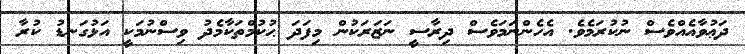
ދަޢުވާއެއްވެސް ނުކުރަމެވެ. އެހެންނަމަވެސް ދިރާސީ ނަޒަރަކުން މިފަދަ ޙުކުމްތަކާމެދު ވިސްނުމަކީ އަޅުގަނޑު ކުރާ